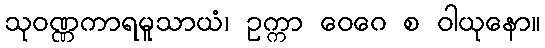
သုဝဏ္ဏကာရမူသာယံ၊ ဥက္ကာ ဝေဂေ စ ဝါယုနော။